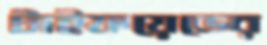
টাইফয়েডের